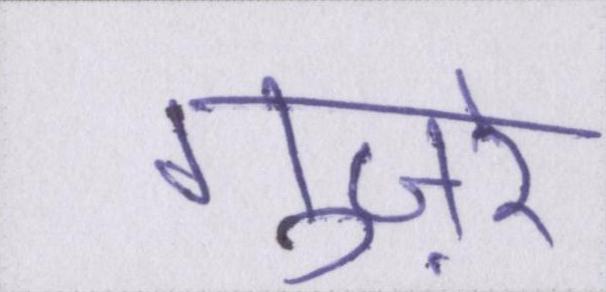
गुज़रे